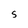
Character: S